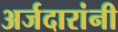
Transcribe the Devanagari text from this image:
अर्जदारांनी